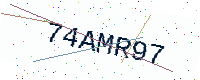
Text: 74AMR97